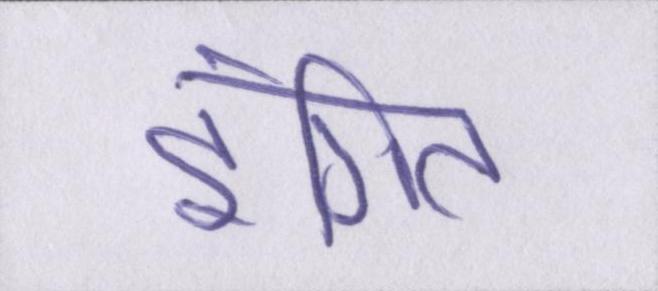
इंगित